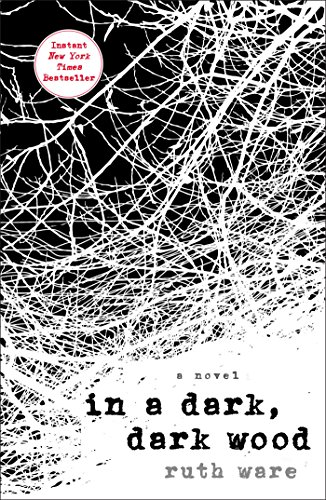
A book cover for In a Dark, Dark Wood; Ruth Ware; Mystery, Thriller & Suspense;